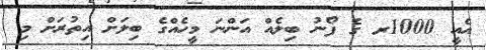
އެއީ 1000ރ ގެ ފޯނު ބިލެއް އަންނަ މީހެއްގެ ބިލަށް އިތުރަށް މި